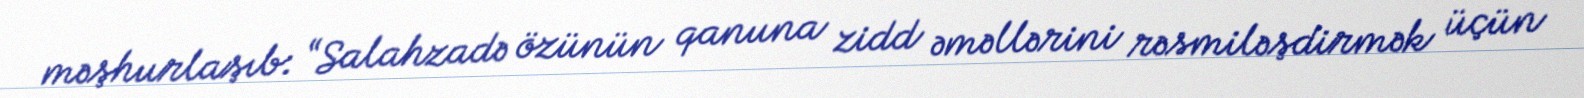
məşhurlaşıb: “Salahzadə özünün qanuna zidd əməllərini rəsmiləşdirmək üçün